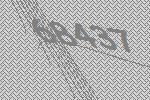
68437